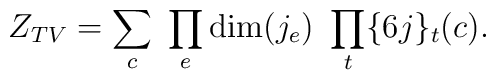
Z_{TV} = \sum_{c} \ \prod_{e} {\rm dim}(j_{e}) 	\ \prod_{t} \{6j\}_{t}(c).